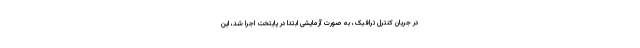
در جریان کنترل ترافیک، به صورت آزمایشی ابتدا در پایتخت اجرا شد، این